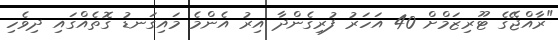
"ރާއްޖޭގެ ޓޫރިޒަމްށް 40 އަހަރު ފުރިގެންދާ އިރު އެންމެ މައިގަނޑު ގޮތެއްގައި ދިވެހި